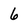
Character: 6